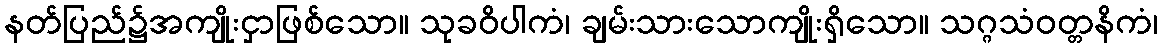
နတ်ပြည်၌အကျိုးငှာဖြစ်သော။ သုခဝိပါကံ၊ ချမ်းသားသောကျိုးရှိသော။ သဂ္ဂသံဝတ္တနိကံ၊